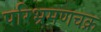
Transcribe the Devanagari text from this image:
परिभ्रमणचक्र